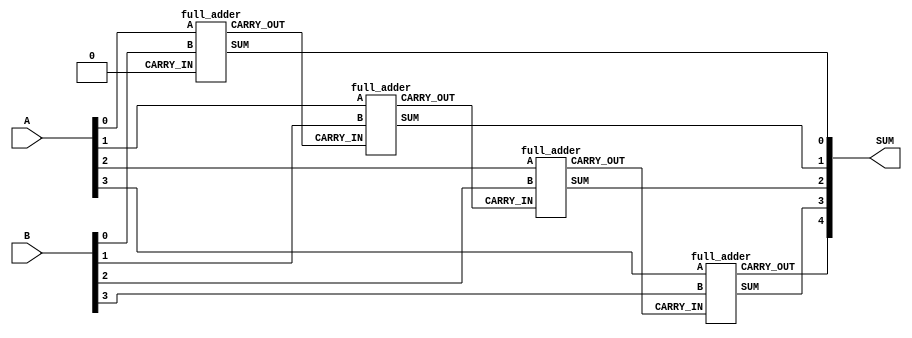
`timescale 1ns / 1ps

module four_bit_adder
(
  input [3:0] A,
  input [3:0] B,
  output [4:0] SUM
);

  // The first carry is zero
  wire CARRY0;
  assign CARRY0 = 1'b0;

  // Four full adders are combined together into one 4-bit ripple adder
  full_adder op1 (A[0], B[0], CARRY0, SUM[0], CARRY1);
  full_adder op2 (A[1], B[1], CARRY1, SUM[1], CARRY2);
  full_adder op3 (A[2], B[2], CARRY2, SUM[2], CARRY3);
  full_adder op4 (A[3], B[3], CARRY3, SUM[3], SUM[4]);
endmodule



// A full adder module that will be used in this 4-bit adder implementation
module full_adder
(
  input A,
  input B,
  input CARRY_IN,
  output SUM,
  output CARRY_OUT
);

  // This uses two exclusive OR (XOR) gates to SUM three inputs
  assign SUM = (A ^ B) ^ CARRY_IN;

  // This uses three OR gates to detect a CARRY_OUT from three inputs
  assign CARRY_OUT = (A & ~B & CARRY_IN) | (~A & B & CARRY_IN) | (A & B);

endmodule